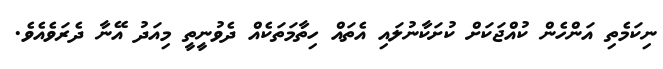
ނިކަމެތި އަންހެން ކުއްޖަކަށް ކުށަކާނުލައި އެތައް ހިތާމަތަކެއް ދެވުނީތީ މިއަދު އޭނާ ދެރަވެއެވެ.